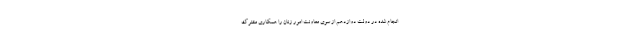
انجام شده در دولت دوازدهم از سوی معاونت امور زنان را همکاری مشترک